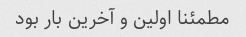
مطمئنا اولین و آخرین بار بود